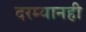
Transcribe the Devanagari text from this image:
दरम्यानही